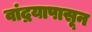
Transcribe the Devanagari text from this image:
वांद्रयापासून